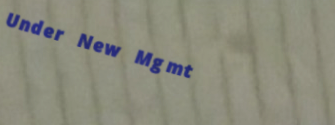
Under New Mgmt